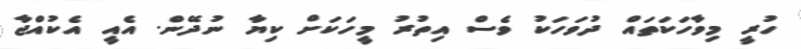
ހުރީ މިވާހަކަތައް ދުވަހަކު ވެސް އިތުރު މީހަކަށް ކިޔާ ނުދޭން. އެއީ އެކުއްޖާ